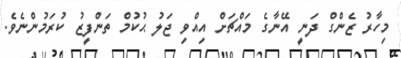
މިހާރު ޒެންގް ދަނީ އޭނާގެ މައްޗަށް އިއްވި ޖަލު ޙުކުމް ތަންފީޒު ކުރަމުންނެވެ.